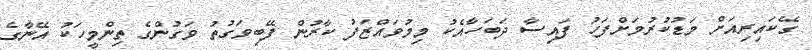
ގޭކައިރިއަށް މަޑުކުރުމަށްފަހު ފައިސާ ދަބަހާއެކު މިމުވައްޒަފު ކާރުން ފޭބިވަގުތު ވަގުންގެ ތިންމީހަކު އޭނާގެ